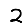
Digit: 2